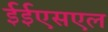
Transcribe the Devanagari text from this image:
ईईएसएल